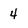
Character: 4